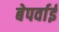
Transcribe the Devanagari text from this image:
बेपर्वाई